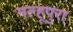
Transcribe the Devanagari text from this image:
मल्हूपुरा